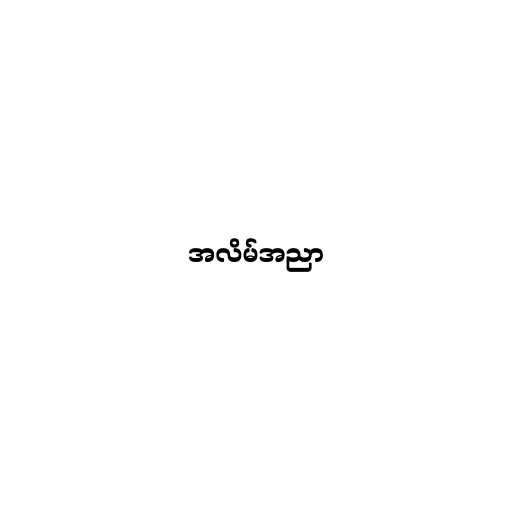
အလိမ်အညာ